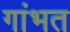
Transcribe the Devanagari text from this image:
गांभत